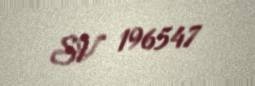
SV 196547